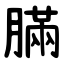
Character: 䐽